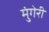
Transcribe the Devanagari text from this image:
मुंगेरी